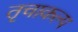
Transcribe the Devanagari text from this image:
तृचाकल्प